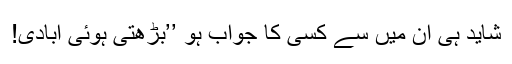
شاید ہی اِن میں سے کسی کا جواب ہو ’’بڑھتی ہوئی آبادی!